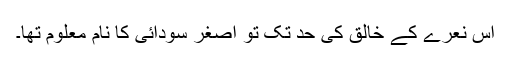
اس نعرے کے خالق کی حد تک تو اصغر سودائی کا نام معلوم تھا۔